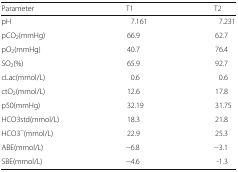
<table><thead><tr><td><b>Parameter</b></td><td><b>T1</b></td><td><b>T2</b></td></tr></thead><tbody><tr><td>pH</td><td>7.161</td><td>7.231</td></tr><tr><td>pCO<sub>2</sub>(mmHg)</td><td>66.9</td><td>62.7</td></tr><tr><td>pO<sub>2</sub>(mmHg)</td><td>40.7</td><td>76.4</td></tr><tr><td>SO<sub>2</sub>(%)</td><td>65.9</td><td>92.7</td></tr><tr><td>cLac(mmol/L)</td><td>0.6</td><td>0.6</td></tr><tr><td>ctO<sub>2</sub>(mmol/L)</td><td>12.6</td><td>17.8</td></tr><tr><td>p50(mmHg)</td><td>32.19</td><td>31.75</td></tr><tr><td>HCO3std(mmol/L)</td><td>18.3</td><td>21.8</td></tr><tr><td>HCO3<sup>−</sup>(mmol/L)</td><td>22.9</td><td>25.3</td></tr><tr><td>ABE(mmol/L)</td><td>−6.8</td><td>−3.1</td></tr><tr><td>SBE(mmol/L)</td><td>−4.6</td><td>-1.3</td></tr></tbody></table>